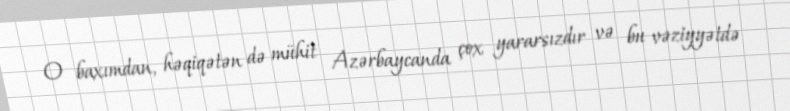
O baxımdan, həqiqətən də mühit Azərbaycanda çox yararsızdır və bu vəziyyətdə